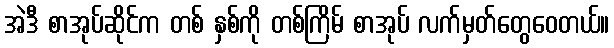
အဲဒီ စာအုပ်ဆိုင်က တစ် နှစ်ကို တစ်ကြိမ် စာအုပ် လက်မှတ်တွေဝေတယ်။